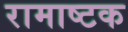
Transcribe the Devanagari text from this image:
रामाष्टक